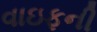
વાઇફની